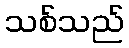
သစ်သည်